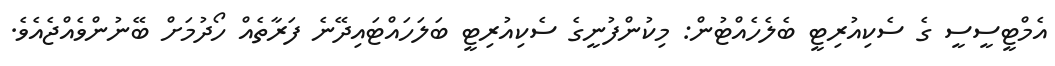
އެމްޓީސީސީ ގެ ސެކިއުރިޓީ ބެލެހެއްޓުން: މިކުންފުނީގެ ސެކިއުރިޓީ ބަލަހައްޓައިދޭނެ ފަރާތެއް ހޯދުމަށް ބޭނުންވެއްޖެއެވެ.